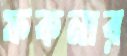
ফকনার